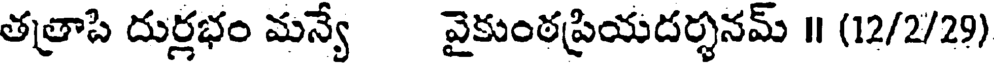
తత్రాపి దుర్లభం మన్యే వైకుంఠప్రియదర్శనమ్ ॥ (12/2/29)